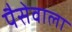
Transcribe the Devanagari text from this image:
पैसेवाला